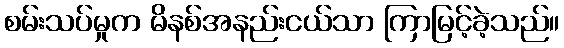
စမ်းသပ်မှုက မိနစ်အနည်းငယ်သာ ကြာမြင့်ခဲ့သည်။